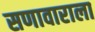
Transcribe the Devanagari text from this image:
सणावाराला